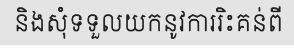
និងសុំទទួលយកនូវការរិះគន់ពី